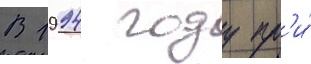
В 1994 году пр'и́